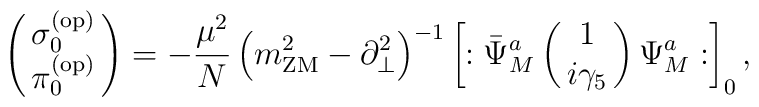
\left(\matrix{\sigma^{(\rm op)}_0\cr\pi^{(\rm op)}_0}\right) = -{\mu^2 \over N} \left( m_{\rm ZM}^2 - \partial_\bot^2 \right)^{-1}    \left[ : \bar \Psi^a_{M}\left(\matrix{1\cr i\gamma_5}\right)            \Psi^a_{M} : \right]_0 ,